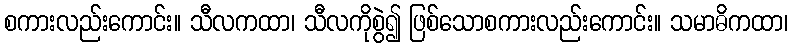
စကားလည်းကောင်း။ သီလကထာ၊ သီလကိုစွဲ၍ ဖြစ်သောစကားလည်းကောင်း။ သမာဓိကထာ၊